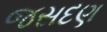
જસદણ